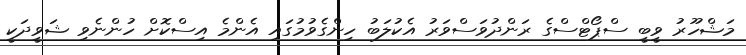
މަޝްހޫރު ވީބީ ސްޕޯޓްސްގެ ރަންދުވަސްވަރު އެކުލަބު ހިންގެވުމުގައި އެންމެ އިސްކޮށް ހުންނެވި ޝަވީދަކީ